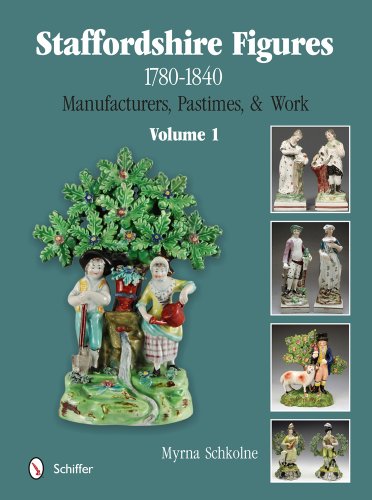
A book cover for Staffordshire Figures 1780 to 1840 Volume 1: Manufacturers, Pastimes, & Work; Myrna Schkolne; Crafts, Hobbies & Home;